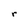
Character: r